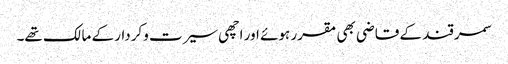
سمرقند کے قاضی بھی مقرر ہوئے اور اچھی سیرت وکردار کے مالک تھے۔